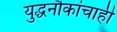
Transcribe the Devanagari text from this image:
युद्धनौकांचाही